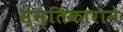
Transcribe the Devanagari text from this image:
स्मृतिकाराने